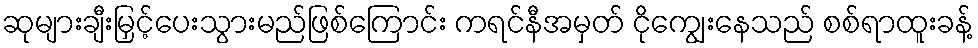
ဆုများချီးမြှင့်ပေးသွားမည်ဖြစ်ကြောင်း ကရင်နီအမှတ် ငိုကျွေးနေသည် စစ်ရာထူးခန့်